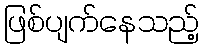
ဖြစ်ပျက်နေသည့်